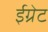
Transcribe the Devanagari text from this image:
ईग्रेट